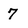
Character: 7